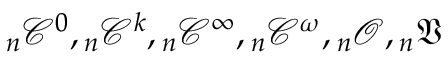
{ _ { n } { \mathcal { C } } ^ { 0 } } , { _ { n } { \mathcal { C } } ^ { k } } , { _ { n } { \mathcal { C } } ^ { \infty } } , { _ { n } { \mathcal { C } } ^ { \omega } } , { _ { n } { \mathcal { O } } } , { _ { n } { \mathfrak { V } } }